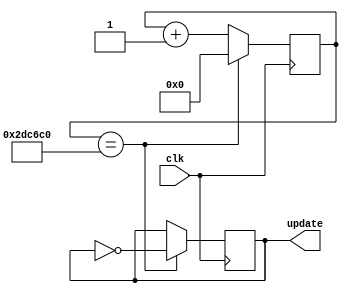
module updateclk(
input clk, 
output reg update
);
	
	reg [23:0]count;	

	always@(posedge clk)
	begin
		count <= count + 1;
		if(count == 3000000)
		begin
			update <= ~update;
			count <= 0;
		end	
	end
endmodule